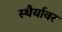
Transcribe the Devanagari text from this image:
स्थैर्यावर